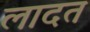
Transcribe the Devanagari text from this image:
लादत